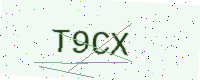
Text: T9CX